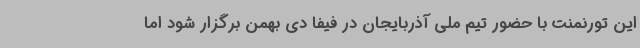
این تورنمنت با حضور تیم ملی آذربایجان در فیفا دی بهمن برگزار شود اما